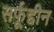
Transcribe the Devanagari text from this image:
सर्फूद्दीन